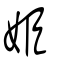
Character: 姫